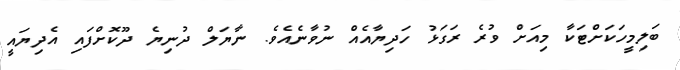
ބަލިމީހަކަށްޓަކާ މިއަށް ވުރެ ރަގަޅު ހަދިޔާއެއް ނުވާނެއެވެ. ނާޔަލް ދުނިޔެ ދޫކޮށްފައި އެދިޔައީ